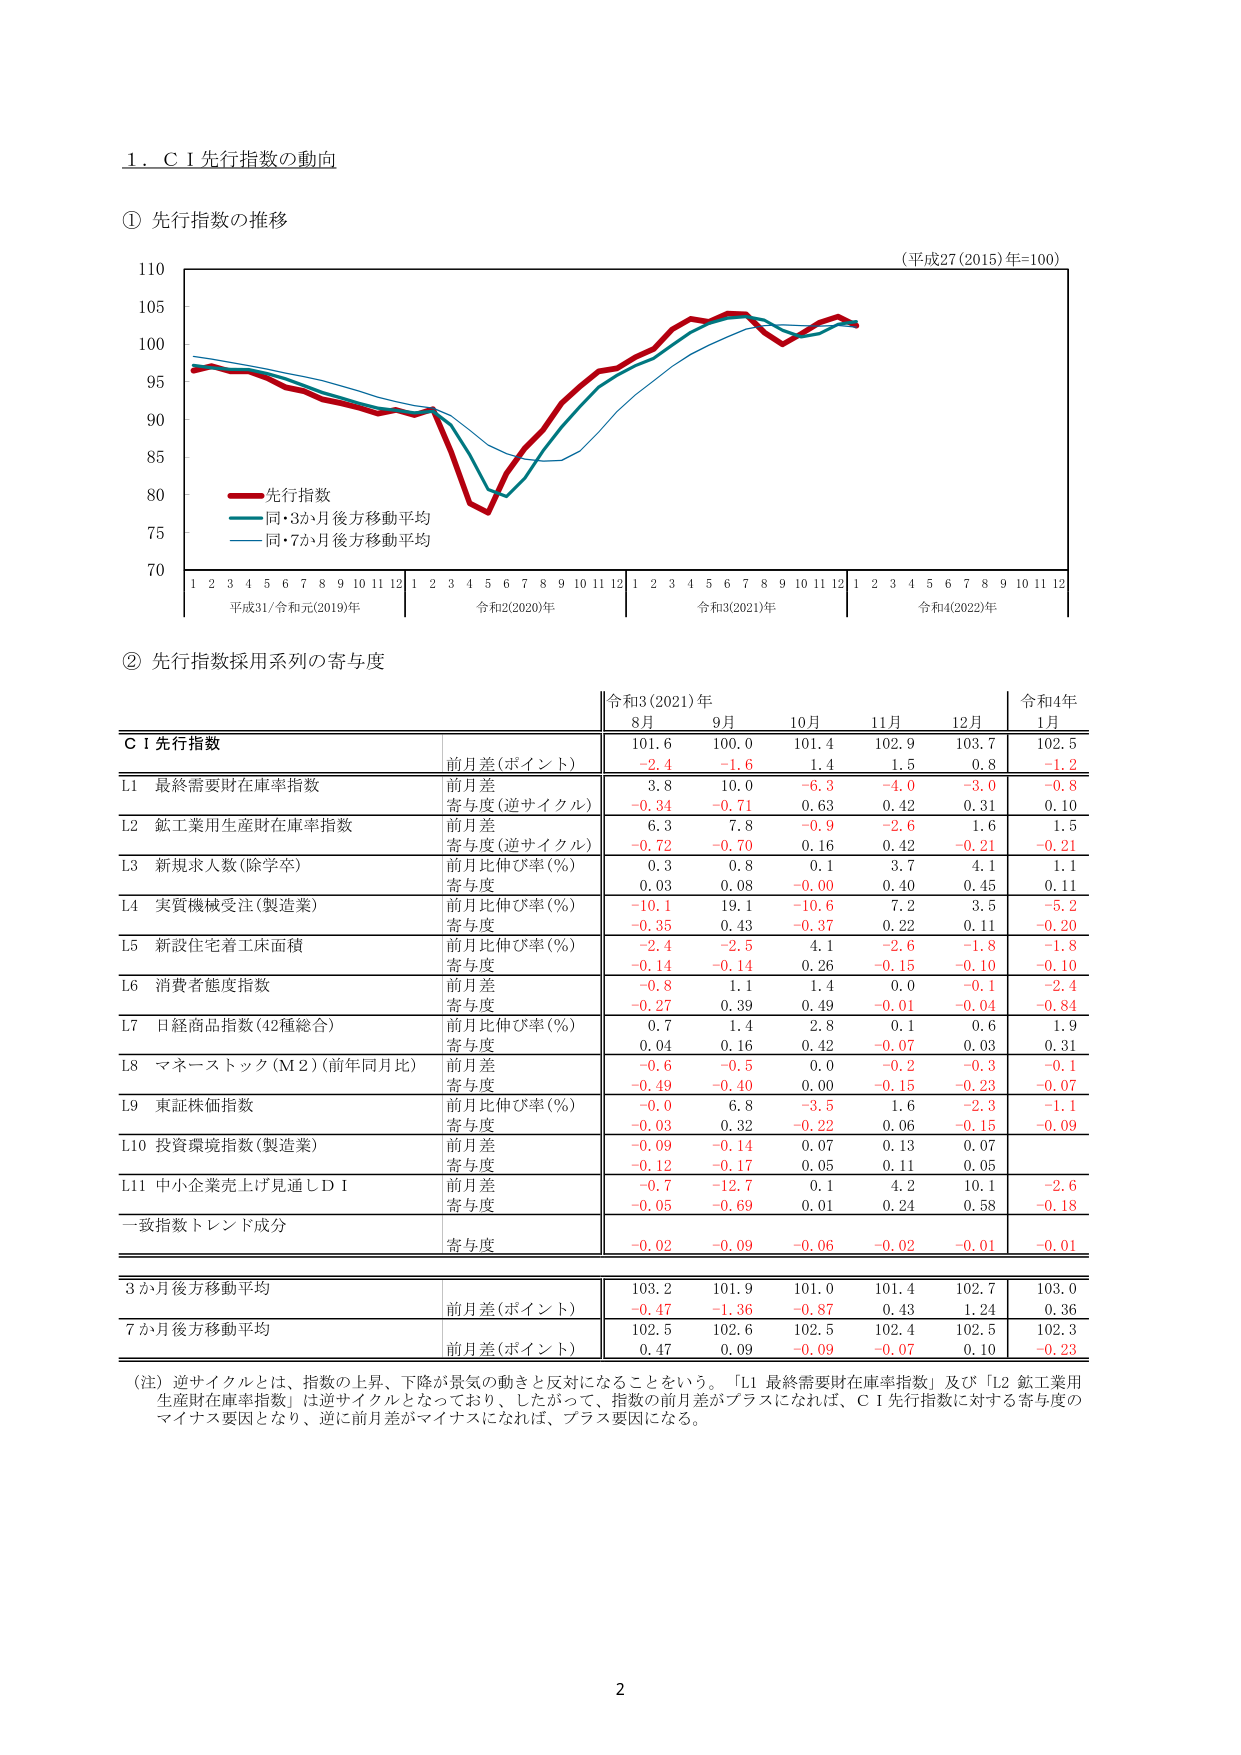
1. C I 先行指数の動向

① 先行指数の推移

(平成27 (2015) 年=100)

110
105
100
95
90
85
80
75
70

1 2 3 4 5 6 7 8 9 10 11 12 1 2 3 4 5 6 7 8 9 10 11 12 1 2 3 4 5 6 7 8 9 10 11 12 1 2 3 4 5 6 7 8 9 10 11 12

平成31/令和元(2019)年 令和2(2020)年 令和3(2021)年 令和4(2022)年

赤線：先行指数
青線：同・3か月後方移動平均
水色線：同・7か月後方移動平均

② 先行指数採用系列の寄与度

令和3(2021)年 令和4年
8月 9月 10月 11月 12月 1月

C I 先行指数
前月差(ポイント) 101.6 100.0 101.4 102.9 103.7 102.5
-2.4 -1.6 1.4 1.5 0.8 -1.2

L1 最終需要財在庫率指数
前月差 3.8 10.0 -6.3 -4.0 -3.0 -0.8
寄与度(逆サイクル) -0.34 -0.71 0.63 0.42 0.31 0.10

L2 鉱工業用生産財在庫率指数
前月差 6.3 7.8 -0.9 -2.6 1.6 1.5
寄与度(逆サイクル) -0.72 -0.70 0.16 0.42 -0.21 -0.21

L3 新規求人数(除学卒)
前月比伸び率(%) 0.3 0.8 0.1 3.7 4.1 1.1
寄与度 0.03 0.08 -0.00 0.40 0.45 0.11

L4 実質機械受注(製造業)
前月比伸び率(%) -10.1 19.1 -10.6 7.2 3.5 -5.2
寄与度 -0.35 0.43 -0.37 0.22 0.11 -0.20

L5 新設住宅着工床面積
前月比伸び率(%) -2.4 -2.5 4.1 -2.6 -1.8 -1.8
寄与度 -0.14 -0.14 0.26 -0.15 -0.10 -0.10

L6 消費者態度指数
前月差 -0.8 1.1 1.4 0.0 -0.1 -2.4
寄与度 -0.27 0.39 0.49 -0.01 -0.04 -0.84

L7 日経商品指数(42種総合)
前月比伸び率(%) 0.7 1.4 2.8 0.1 0.6 1.9
寄与度 0.04 0.16 0.42 -0.07 0.03 0.31

L8 マネーストック(M2)(前年同月比)
前月差 -0.6 -0.5 0.0 -0.2 -0.3 -0.1
寄与度 -0.49 -0.40 0.00 -0.15 -0.23 -0.07

L9 東証株価指数
前月比伸び率(%) -0.0 6.8 -3.5 1.6 -2.3 -1.1
寄与度 -0.03 0.32 -0.22 0.06 -0.15 -0.09

L10 投資環境指数(製造業)
前月差 -0.09 -0.14 0.07 0.13 0.07
寄与度 -0.12 -0.17 0.05 0.11 0.05

L11 中小企業売上げ見通しD I
前月差 -0.7 -12.7 0.1 4.2 10.1 -2.6
寄与度 -0.05 -0.69 0.01 0.24 0.58 -0.18

一致指数トレンド成分
寄与度 -0.02 -0.09 -0.06 -0.02 -0.01 -0.01

3か月後方移動平均
前月差(ポイント) 103.2 101.9 101.0 101.4 102.7 103.0
-0.47 -1.36 -0.87 0.43 1.24 0.36

7か月後方移動平均
前月差(ポイント) 102.5 102.6 102.5 102.4 102.5 102.3
0.47 0.09 -0.09 -0.07 0.10 -0.23

(注) 逆サイクルとは、指数の上昇、下降が景気の動きと反対になることをいう。「L1 最終需要財在庫率指数」及び「L2 鉱工業用生産財在庫率指数」は逆サイクルとなっており、したがって、指数の前月差がプラスになれば、C I 先行指数に対する寄与度のマイナス要因となり、逆に前月差がマイナスになれば、プラス要因になる。

2